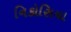
નિકોસિયા